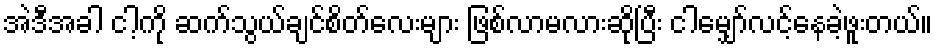
အဲဒီအခါ ငါ့ကို ဆက်သွယ်ချင်စိတ်လေးများ ဖြစ်လာမလားဆိုပြီး ငါမျှော်လင့်နေခဲ့ဖူးတယ်။